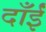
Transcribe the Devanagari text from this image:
दाँईं